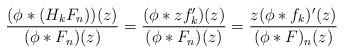
LaTeX: \begin{align*}\dfrac{(\phi \ast (H_{k} F_n))(z)}{(\phi \ast F_n)(z)}= \dfrac{(\phi \ast zf'_{k})(z)}{(\phi \ast F_{n})(z)}= \dfrac{z(\phi \ast f_{k})'(z)}{(\phi \ast F)_{n}(z)}\end{align*}